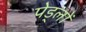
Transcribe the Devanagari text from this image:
पेड्लों